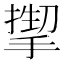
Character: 𫽬